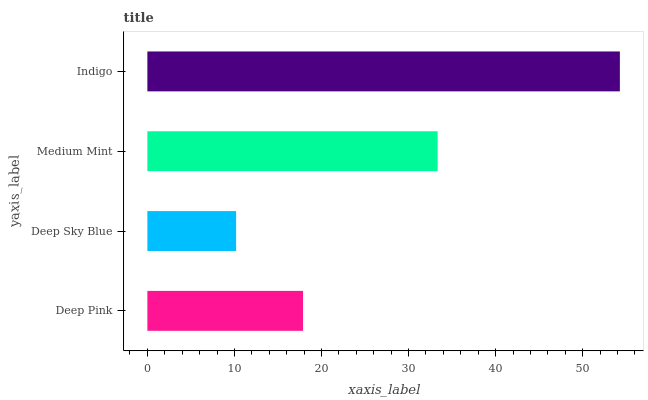
| yaxis_label | bars |
 | --- | --- |
 | Deep Pink | 17.9 |
 | Deep Sky Blue | 10.2 |
 | Medium Mint | 33.3 |
 | Indigo | 54.3 |